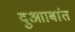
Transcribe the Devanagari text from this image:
दुआाबांत